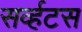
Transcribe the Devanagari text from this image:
सर्व्हटस